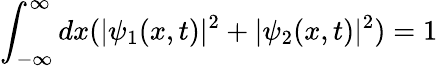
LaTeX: \int_{-\infty}^{\infty}dx(|\psi_{1}(x,t)|^{2}+|\psi_{2}(x,t)|^{2})=1